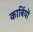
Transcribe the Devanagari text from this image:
कार्बियों